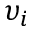
\upsilon _ { i }